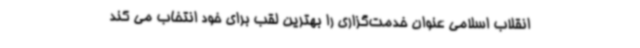
انقلاب اسلامی عنوان خدمت‌گزاری را بهترین لقب برای خود انتخاب می کند